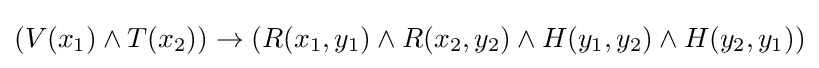
(V(x_{1})\wedge T(x_{2}))\rightarrow (R(x_{1},y_{1})\wedge R(x_{2},y_{2})\wedge H(y_{1},y_{2})\wedge H(y_{2},y_{1}))